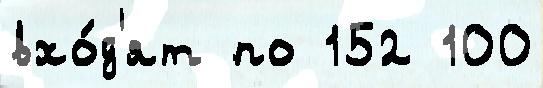
вхо́д'ят по 152 100